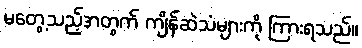
မတွေ့သည့်အတွက် ကျိန်ဆဲသံများကို ကြားရသည်။